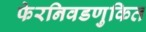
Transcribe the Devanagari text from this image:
फेरनिवडणुकित